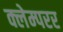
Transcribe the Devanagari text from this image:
क्लेम्परर